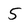
Character: 5